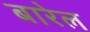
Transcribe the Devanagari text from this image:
बारेल